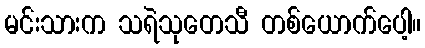
မင်းသားက သရဲသုတေသီ တစ်ယောက်ပေါ့။